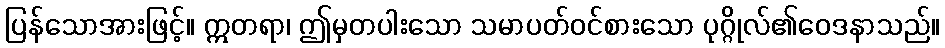
ပြန်သောအားဖြင့်။ ဣတရာ၊ ဤမှတပါးသော သမာပတ်ဝင်စားသော ပုဂ္ဂိုလ်၏ဝေဒနာသည်။